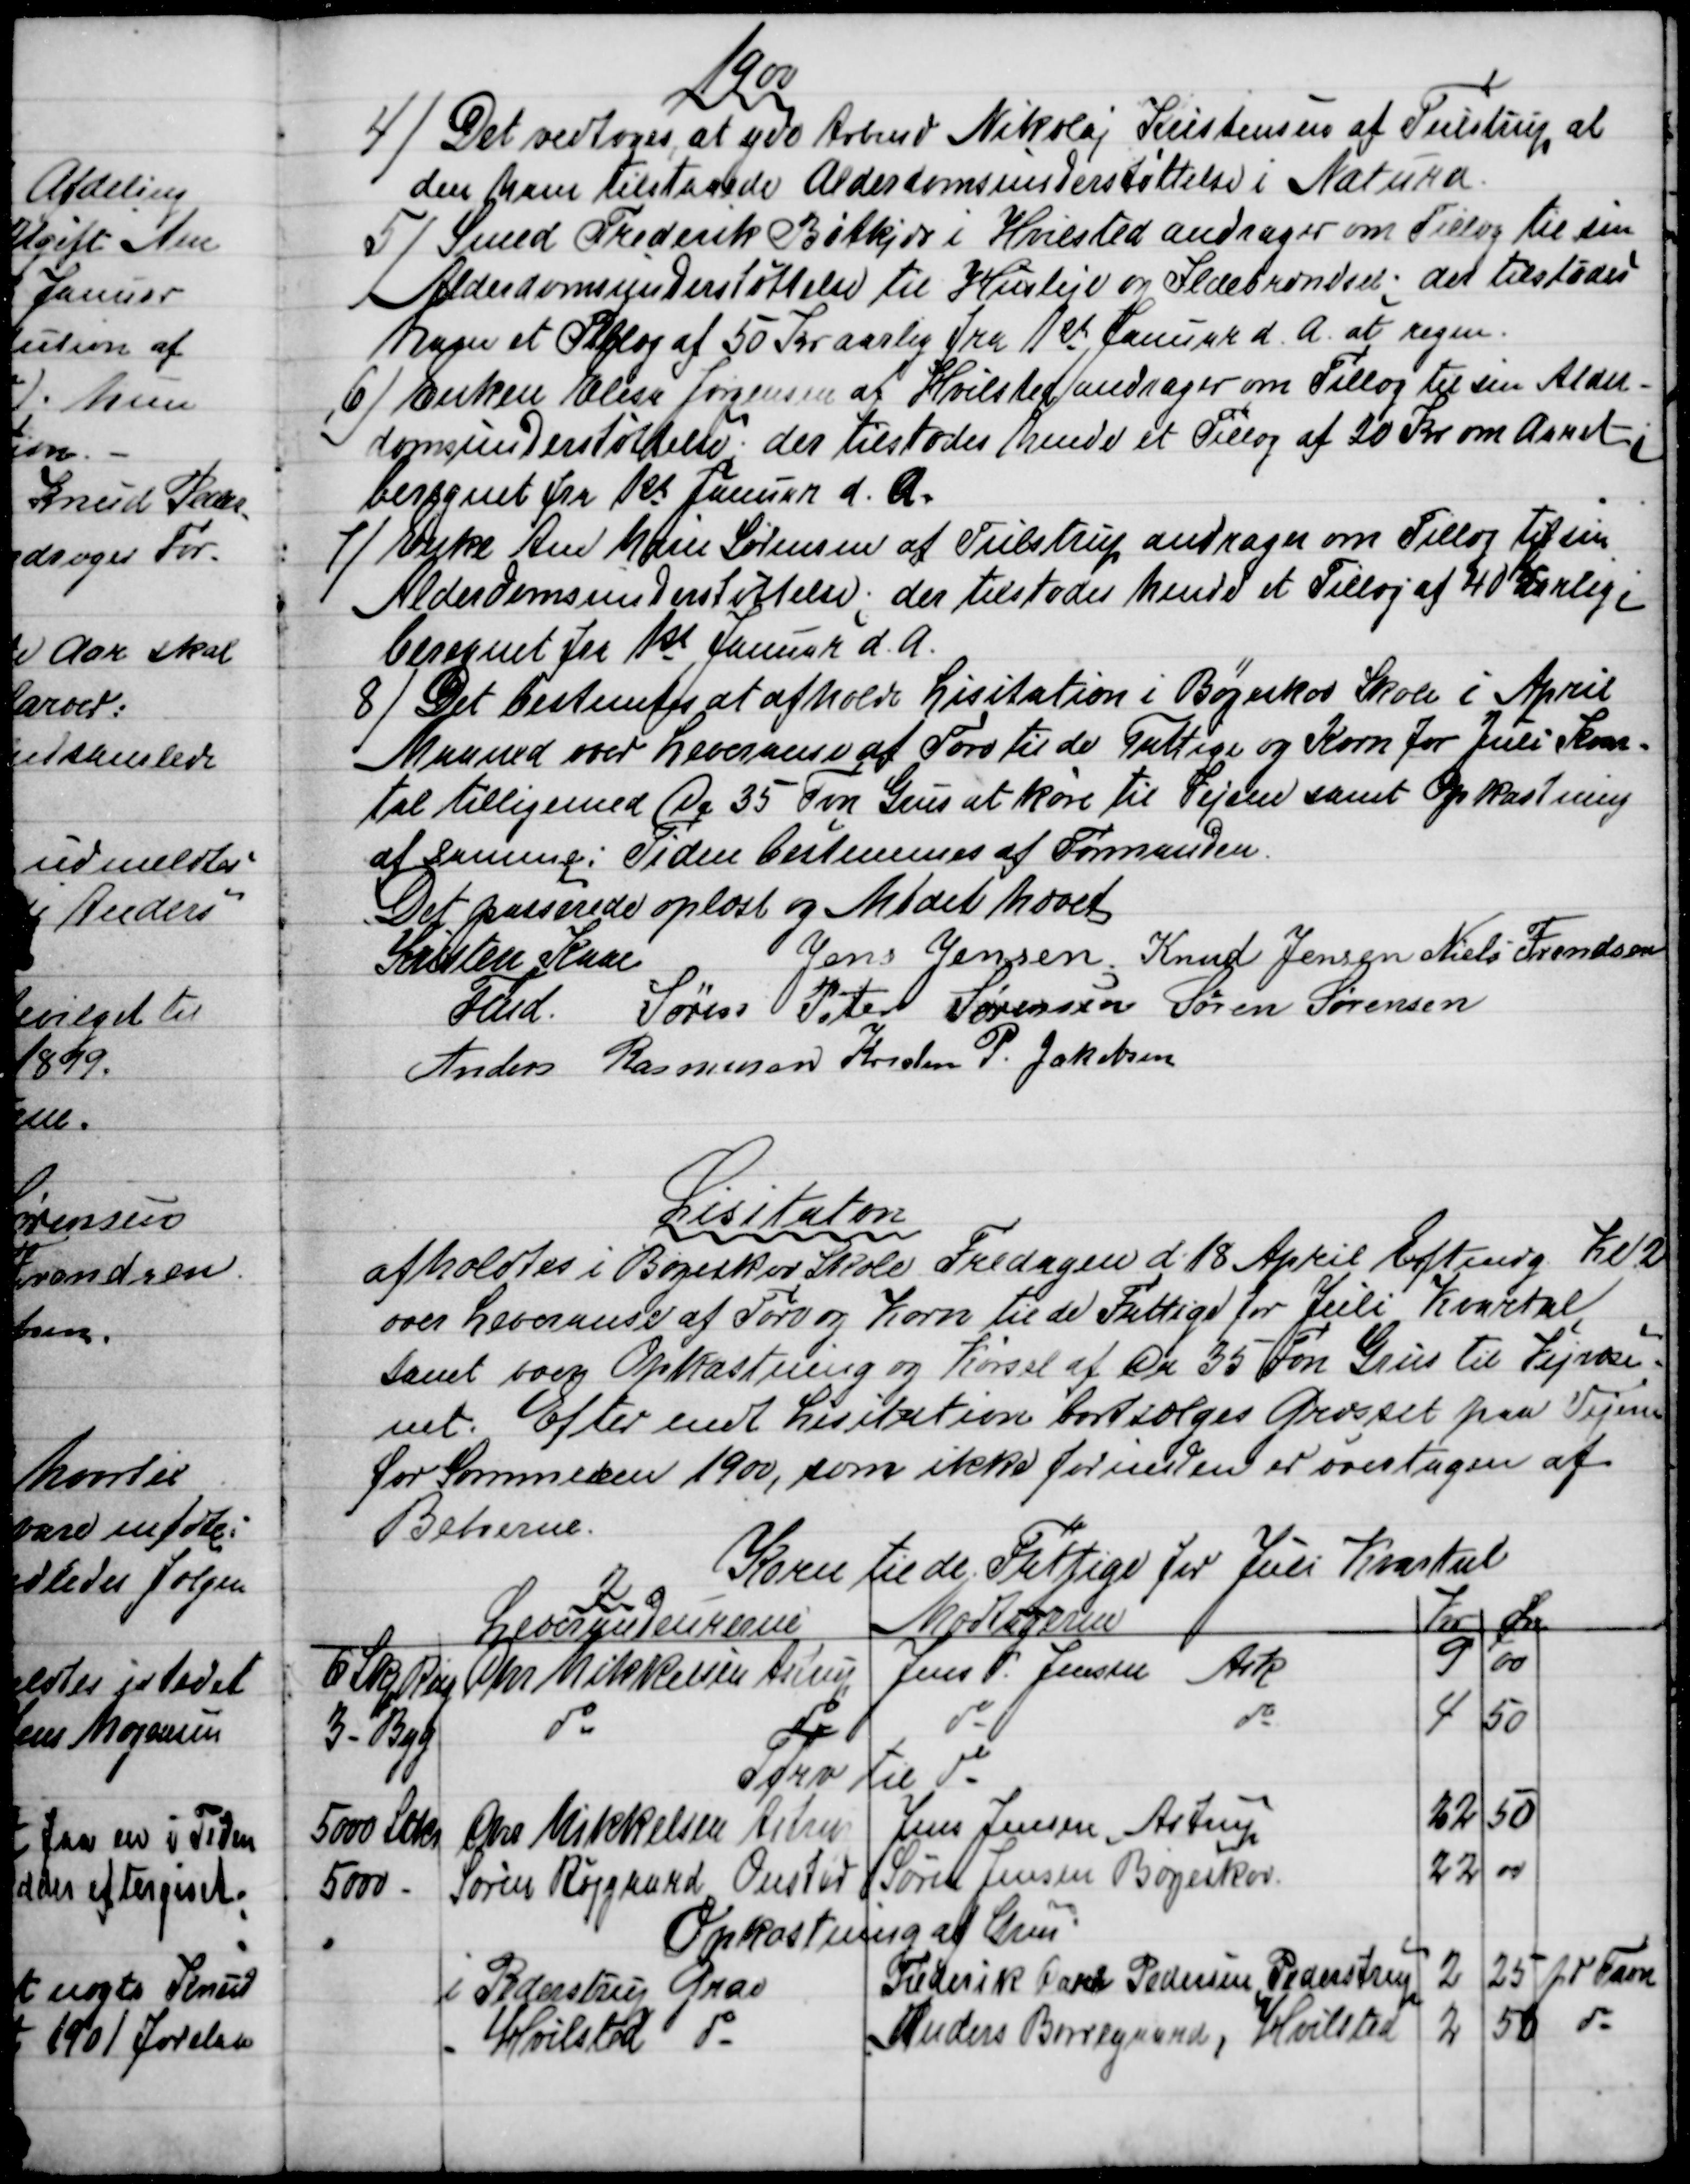
Transskription:
1900
4)
Det vedtoges, at yde Arbmd Nikolaj Kristensen af Tulstrup al
den ham tilstaaede Alderdomsunderstøttelse i Natura.
5) 
Smed Frederik Bøtkjær i Hvilsted andrager om Tillæg til sin
Alderdomsunderstøttelse til Husleje og Ildebrændsel; der tilstodes
ham et Tillæg af 50 Kr aarlig fra 1st Januar d. A. at regne.
6) 
Enken Elisa Jørgensen af Hvilsted andrager om Tillæg til sin Alder-
domsunderstøttelse: der tilstodes hende et Tillæg af 20 Kr om Aaret; 
beregnet for 1st Januar d. A.
7)
Enke Ane Marie Sørensen af Tulstrup andrager om Tillæg til sin
Alderdomsunderstøttelse; der tilstodes hende et Tillæg af 40
Kr
Aarlig;
beregnet fra 1st Januar d. A.
8) 
Det bestemtes at afholde Lisitation i Bøgeskov Skole i April
Maaned over Leveranse af Tørv til de Fattige og Korn for Juli Kvar-
tal tilligemed Ca 35 Fvn Grus at køre til Vejene samt Opkastning
af samme: Tiden bestemmes af Formanden.
Det passerede oplæst og Mødet hævet
Kristen Kaae
Fmd.
Jens Jensen Knud Jensen Niels Frandsen
Søren Peter Sørensen Søren Sørensen
Anders Rasmussen Kresten P. Jakobsen
Lisitaton
afholdtes i Bøgeskov Skole Fredagen d 18 April Eftmdg Kl 2
over Leveranse af Tørv og Korn til de Fattige for Juli Kvartal
samt over Opkastning og Kørsel af Ca 35 Fvn Grus til Vejvæse-
net. Efter endt Lisitation bortsælges Græsset paa Vejene
for Sommeren 1900, som ikke forinden er overtagen af
Beboerne.
Korn til de Fattige for Juli Kvartal
2
Leverandeurerne
Modtagerne
Kr
Øre
6 Skp Rug
Chr Mikkelsen Astrup
Jens P. Jensen Ask
9
00
3 - Byg
do
do
do
do
4
50
Tørv til do
5000 Stkr
Chr Mikkelsen Astrup
Jens Jensen, Astrup
22
50
5000
Søren Røjgaard Onsted 
Søren Jensen Bøgeskov
22
00
Opkastning af Grus
i Pederstrup Grav
Frederik Carl Pedersen Pederstrup
2
25
pr Favn
Hvilsted do
Anders Borregaard, Hvilsted
2
50
do